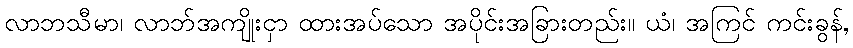
လာဘသီမာ၊ လာဘ်အကျိုးငှာ ထားအပ်သော အပိုင်းအခြားတည်း။ ယံ၊ အကြင် ကင်းခွန်,